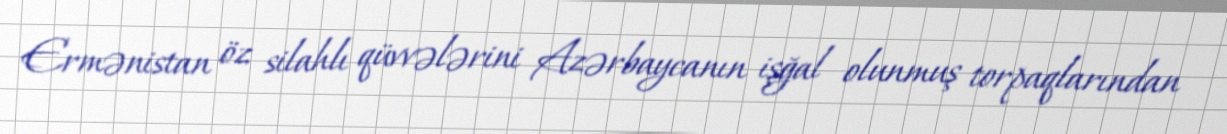
Ermənistan öz silahlı qüvvələrini Azərbaycanın işğal olunmuş torpaqlarından